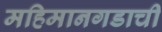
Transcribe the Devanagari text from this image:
महिमानगडाची